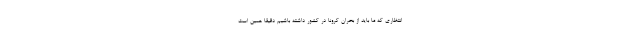
انتظاري كه ما بايد از بحران كرونا در كشور داشته باشيم دقيقا همين است